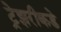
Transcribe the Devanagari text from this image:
ट्रेझरीकडे